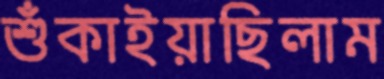
শুঁকাইয়াছিলাম